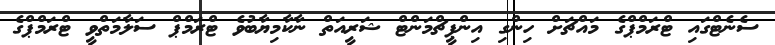
ސެނެޓްގައި ޓްރަމްޕްގެ މައްޗަށް ހިންގި އިންޕީޗްމަންޓް ޝަރީއަތް ނާކާމިޔާބުވެ ޓްރަމްޕް ސަލާމަތްވީ ޓްރަމްޕްގެ